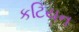
કટિયન